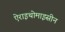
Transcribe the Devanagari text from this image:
ऐराइथोमाइसीन